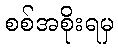
စစ်အစိုးရမှ